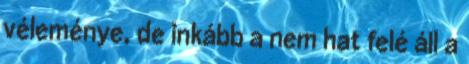
véleménye, de inkább a nem hat felé áll a